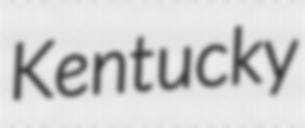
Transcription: Kentucky